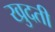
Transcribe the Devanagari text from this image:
खुदती